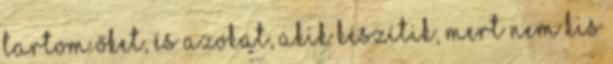
tartom őket, és azokat, akik készítik, mert nem kis